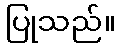
ပြုသည်။